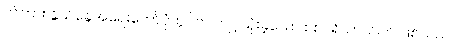
ဤကား နွယ်ခွေအရေးတော်ပုံတွင်က ကျင့်သုံးခဲ့သော စစ်ပရိယာယ်ပင် ဖြစ်သည်။